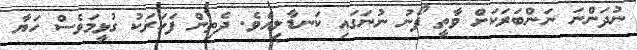
ނުދަންނަ ނަންބަރަކަށް ވާތީ ފޯނު ނުނަގައި ކަނޑާލިއެވެ. ދެތިން ފަހަރަކު ގުޅީމަވެސް ހަޔާ